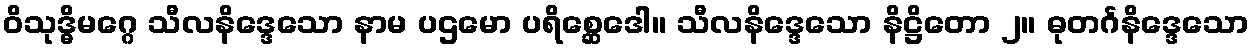
ဝိသုဒ္ဓိမဂ္ဂေ သီလနိဒ္ဒေသော နာမ ပဌမော ပရိစ္ဆေဒေါ။ သီလနိဒ္ဒေသော နိဋ္ဌိတော ၂။ ဓုတင်္ဂနိဒ္ဒေသော